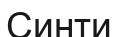
Синти